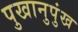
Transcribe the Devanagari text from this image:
पुखानुपुंख